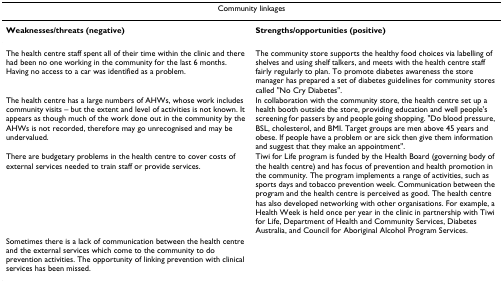
<table><thead><tr><td colspan="2"><b>Community linkages</b></td></tr></thead><tbody><tr><td><b>Weaknesses/threats (negative)</b></td><td><b>Strengths/opportunities (positive)</b></td></tr><tr><td>The health centre staff spent all of their time within the clinic and there had been no one working in the community for the last 6 months. Having no access to a car was identified as a problem.</td><td>The community store supports the healthy food choices via labelling of shelves and using shelf talkers, and meets with the health centre staff fairly regularly to plan. To promote diabetes awareness the store manager has prepared a set of diabetes guidelines for community stores called &quot;No Cry Diabetes&quot;.</td></tr><tr><td>The health centre has a large numbers of AHWs, whose work includes community visits – but the extent and level of activities is not known. It appears as though much of the work done out in the community by the AHWs is not recorded, therefore may go unrecognised and may be undervalued.</td><td>In collaboration with the community store, the health centre set up a health booth outside the store, providing education and well people&#x27;s screening for passers by and people going shopping. &quot;Do blood pressure, BSL, cholesterol, and BMI. Target groups are men above 45 years and obese. If people have a problem or are sick then give them information and suggest that they make an appointment&quot;.</td></tr><tr><td>There are budgetary problems in the health centre to cover costs of external services needed to train staff or provide services.</td><td>Tiwi for Life program is funded by the Health Board (governing body of the health centre) and has focus of prevention and health promotion in the community. The program implements a range of activities, such as sports days and tobacco prevention week. Communication between the program and the health centre is perceived as good. The health centre has also developed networking with other organisations. For example, a Health Week is held once per year in the clinic in partnership with Tiwi for Life, Department of Health and Community Services, Diabetes Australia, and Council for Aboriginal Alcohol Program Services.</td></tr><tr><td>Sometimes there is a lack of communication between the health centre and the external services which come to the community to do prevention activities. The opportunity of linking prevention with clinical services has been missed.</td><td></td></tr></tbody></table>